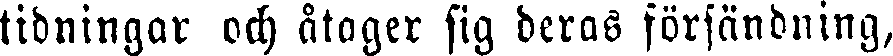
tidningar och åtager sig deras försändning,